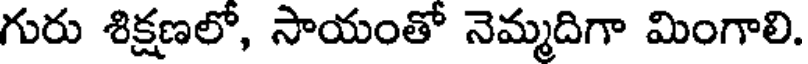
గురు శిక్షణలో, సాయంతో నెమ్మదిగా మింగాలి.